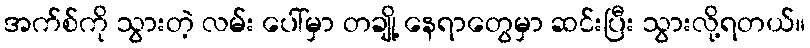
အက်စ်ကို သွားတဲ့ လမ်း ပေါ်မှာ တချို့ နေရာတွေမှာ ဆင်းပြီး သွားလို့ရတယ်။